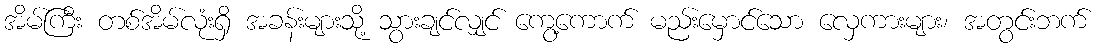
အိမ်ကြီး တစ်အိမ်လုံးရှိ အခန်းများသို့ သွားချင်လျှင် ကွေ့ကောက် မည်းမှောင်သော လှေကားများ၊ အတွင်းဘက်